Code of medical and sanitary regulations for the guidance of medical officers serving in the Madras Presidency - Volume II
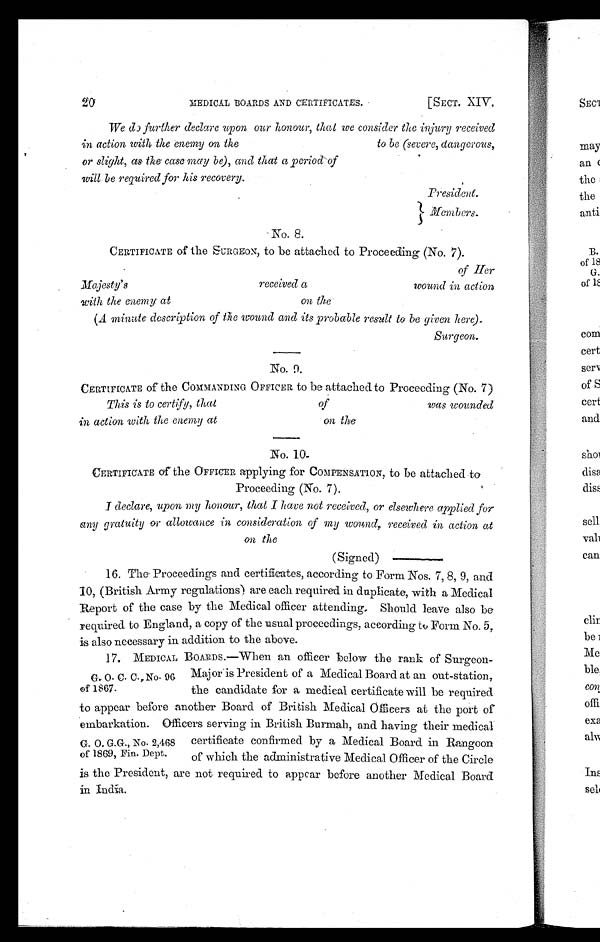
20 MEDICAL BOARDS AND CERTIFICATES. [SECT. XIV.
We do further declare upon our honour, that we consider the injury received
in action with the enemy on the to be (severe, dangerous,
or slight, as the case may be), and that a period of
will be required for his recovery.
No. 8.
CERTIFICATE of the SURGEON, to be attached to Proceeding (No. 7).
of Her
Majesty's received a wound in action
with the enemy at on the
(A minute description of the wound and its probable result to be given here).
Surgeon.
No. 9.
CERTIFICATE of the COMMANDING OFFICER to be attached to Proceeding (No. 7)
This is to certify, that of
was wounded
in action with the enemy at
on the
No. 10
.
CERTIFICATE of the OFFICER applying for COMPENSATION, to be attached to
Proceeding (No. 7).
I declare, upon my honour, that I have not received, or elsewhere applied for
any gratuity or allowance in consideration of my wound, received in action at
on
the
(Signed)
16. The Proceedings and certificates, according to Form Nos. 7, 8, 9, and
10, (British Army regulations) are each required in duplicate, with a Medical
Report of the case by the Medical officer attending. Should leave also be
required to England, a copy of the usual proceedings, according to Form No. 5,
is also necessary in addition to the above.
G. O C. C. No. 9
6
of 1867.
G. O. G.G., No. 2,468
of 1869, Fin. Dept
.
17. MEDICAL BOARDS.—When an officer below the rank of Surgeon-
Major is President of a Medical Board at an out-station,
the candidate for a medical certificate will be required
to appear before another Board of British Medical Officers at the port of
embarkation. Officers serving in British Burmab, and having their medical
certificate confirmed by a Medical Board in Rangoon
of which the administrative Medical Officer of the Circle
is the President, are not required to appear before another Medical Board
in India.